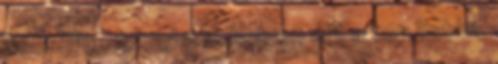
becsülte, ezzel a 11. helyen állt a top listán.